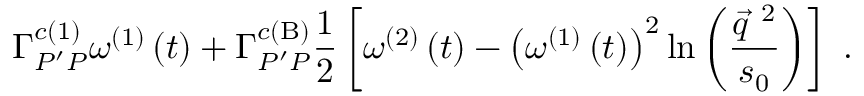
\Gamma _ { P ^ { \prime } P } ^ { c \left( 1 \right) } \omega ^ { \left( 1 \right) } \left( t \right) + \Gamma _ { P ^ { \prime } P } ^ { c \left( { \mathrm { \scriptsize { B } } } \right) } \frac { 1 } { 2 } \left[ \omega ^ { \left( 2 \right) } \left( t \right) - \left( \omega ^ { \left( 1 \right) } \left( t \right) \right) ^ { 2 } \mathrm { l n } \left( \frac { \vec { q } ^ { ~ 2 } } { s _ { 0 } } \right) \right] \mathrm { \ . }